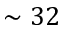
\sim 3 2